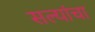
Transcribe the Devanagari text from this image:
सल्यांचा